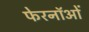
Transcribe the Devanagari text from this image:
फेरनॉओं